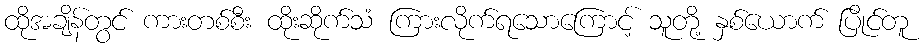
ထိုအချိန်တွင် ကားတစ်စီး ထိုးဆိုက်သံ ကြားလိုက်ရသောကြောင့် သူတို့ နှစ်ယောက် ပြိုင်တူ